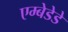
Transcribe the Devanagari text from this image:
एम्बेडेडे